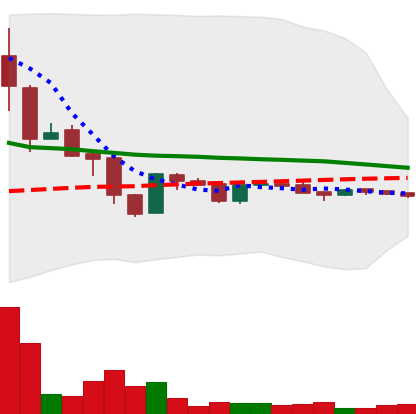
Ticker: LTC-USD
Chart end date: 2015-11-24
Forward return: 18.08%
Label: up_7plus